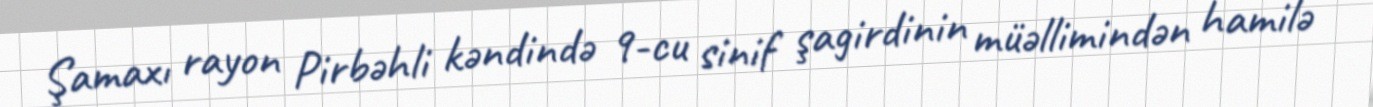
Şamaxı rayon Pirbəhli kəndində 9-cu sinif şagirdinin müəllimindən hamilə